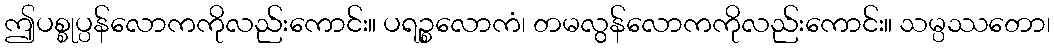
ဤပစ္စုပ္ပန်လောကကိုလည်းကောင်း။ ပရဉ္စလောကံ၊ တမလွန်လောကကိုလည်းကောင်း။ သမ္ပဿတော၊